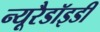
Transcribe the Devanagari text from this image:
न्यूरैडॉइडी